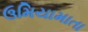
ઉમિયામાતા